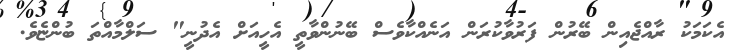
އެކަމަކު ރާއްޖެއިން ބޭރުން ފަރުވާކުރަން އަނެއްކާވެސް ބޭނުންވާތީ އެހީއަށް އެދުނީ" ސަލްމާއްތަ ބުންޏެވެ.